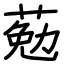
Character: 葂